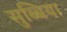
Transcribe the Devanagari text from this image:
सुब्बिया